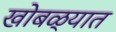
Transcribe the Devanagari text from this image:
खोबळ्यात